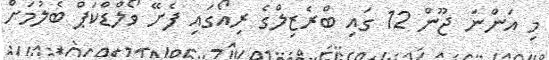
މި އަންނަ ޖޫން 12 ގައި ބްރެޒިލްގެ ރިއޯގައި ފެށޭ ވޯލްޑްކަޕް ބެލުމަށް